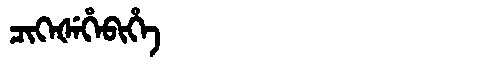
Manchu: ᠴᡳᡴᡝᡧᡝᡥᡝᠪᡳᡥᡝ
Romanization: CIKEŠEHEBIHE